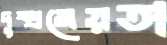
দুষ্প্রমেয়তা